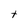
Character: t